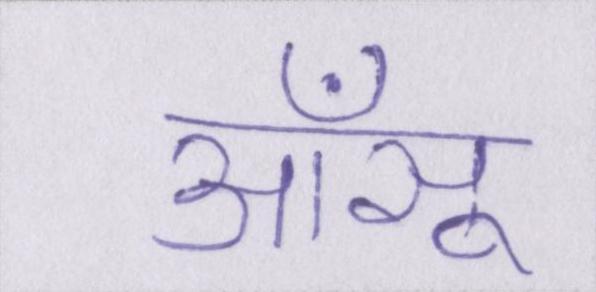
आँसू